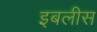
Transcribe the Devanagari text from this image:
इबलीस